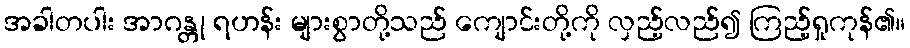
အခါတပါး အာဂန္တု ရဟန်း များစွာတို့သည် ကျောင်းတို့ကို လှည့်လည်၍ ကြည့်ရှုကုန်၏။